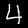
Digit: 4